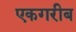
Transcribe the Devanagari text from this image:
एकगरीब